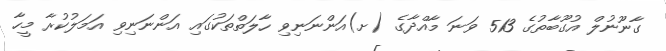
ގާނޫނުލް އުގޫބާތުގެ 513 ވަނަ މާއްދާގެ (ށ)އަންނަނިވި ހާލަތްތަކުގައި އަންނަނިވި އަމަލުކުރާ މީހާ